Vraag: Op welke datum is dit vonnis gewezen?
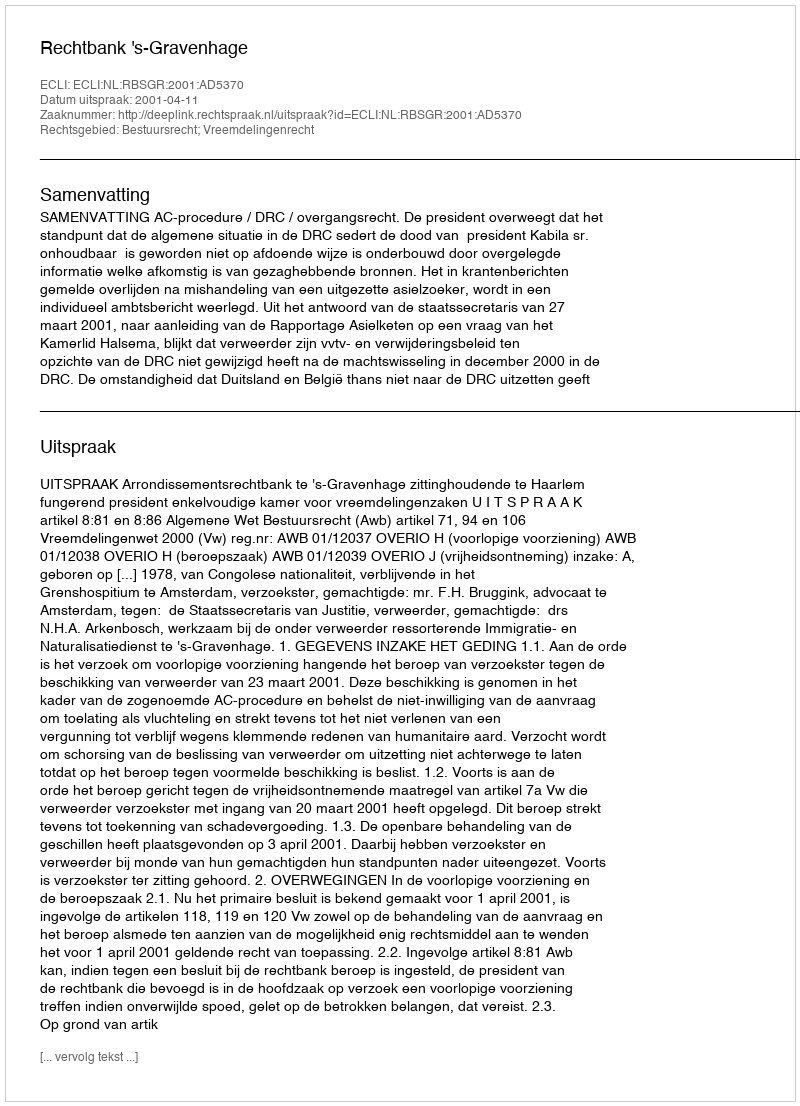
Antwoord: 2001-04-11